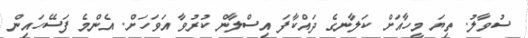
ސުވާލު. ތިޔަ މީހާއަށް ކަލާނގެ ދައްކާފަ އިސްލާން ކުރުވާ އަވަހަށް. އެންމެ ފަސޭހައިން